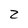
Character: Z